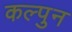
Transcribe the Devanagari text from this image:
कल्पुन